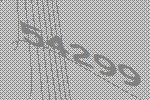
54299